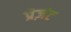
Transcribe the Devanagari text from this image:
प्रेज़ंट